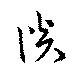
談